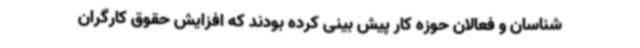
شناسان و فعالان حوزه کار پیش بینی کرده بودند که افزایش حقوق کارگران